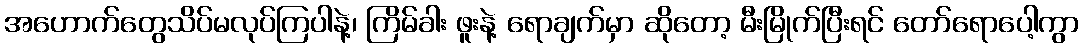
အဟောက်တွေသိပ်မလုပ်ကြပါနဲ့၊ ကြိမ်ခါး ဖူးနဲ့ ရောချက်မှာ ဆိုတော့ မီးမြိုက်ပြီးရင် တော်ရောပေါ့ကွာ